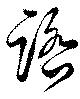
踏